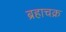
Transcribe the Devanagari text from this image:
ब्रहाचक्र